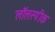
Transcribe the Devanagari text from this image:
लॉलस्पीक